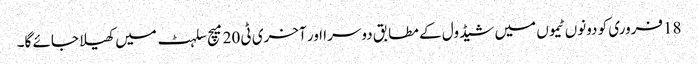
18فروری کو دونوں ٹیموں میں شیڈول کے مطابق دوسرا اور آخری ٹی 20 میچ سلہٹ میں کھیلا جائے گا۔